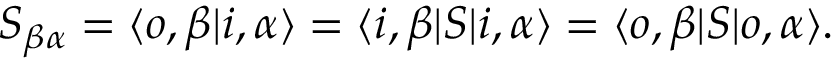
S _ { \beta \alpha } = \langle o , \beta | i , \alpha \rangle = \langle i , \beta | S | i , \alpha \rangle = \langle o , \beta | S | o , \alpha \rangle .